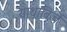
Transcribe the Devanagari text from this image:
याथाबिजें